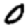
Digit: 0